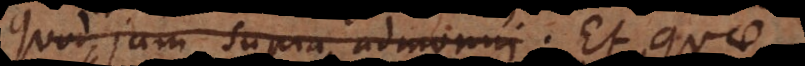
quod jam supra admonui nostra